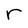
Character: r